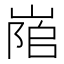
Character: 𡺇